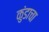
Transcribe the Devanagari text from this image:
कुंडाचा